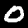
Digit: 0